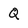
Character: Q